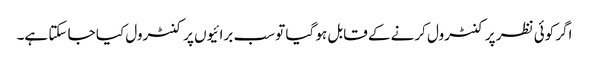
اگر کوئی نظر پر کنٹرول کرنے کے قابل ہو گیا تو سب برائیوں پر کنٹرول کیا جا سکتا ہے۔